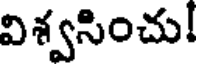
విశ్వసించు!